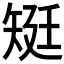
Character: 𥏎